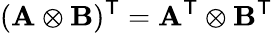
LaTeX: (\mathbf{A}\otimes\mathbf{B})^{\textsf{T}}=\mathbf{A}^{\textsf{T}}\otimes\mathbf{B}^{\textsf{T}}